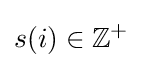
s(i)\in \mathbb {Z} ^{+}